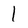
Character: 1